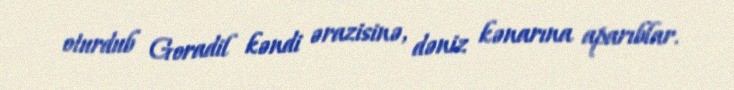
oturdub Goradil kəndi ərazisinə, dəniz kənarına aparıblar.